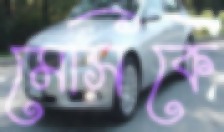
মেসিকে